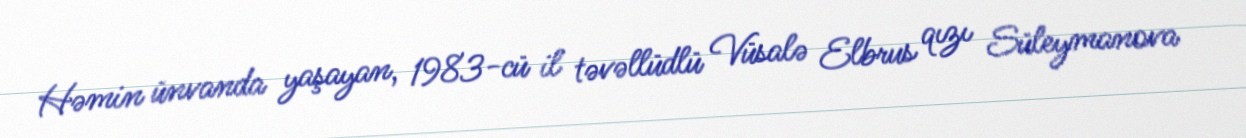
Həmin ünvanda yaşayan, 1983-cü il təvəllüdlü Vüsalə Elbrus qızı Süleymanova